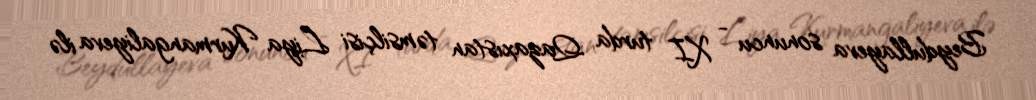
Beydullayeva sonuncu - XI turda Qazaxıstan təmsilçisi Liya Kurmangaliyeva ilə